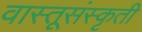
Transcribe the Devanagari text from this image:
वास्तूसंस्कृती